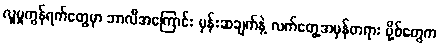
လူမှုကွန်ရက်တွေမှာ ဘာလီအကြောင်း မှန်းဆချက်နဲ့ လက်တွေ့အမှန်တရား ပို့စ်တွေက